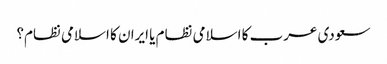
سعودی عرب کا اسلامی نظام یا ایران کا اسلامی نظام؟